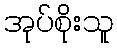
အုပ်စိုးသူ